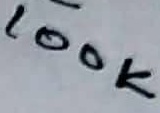
Text: 100K